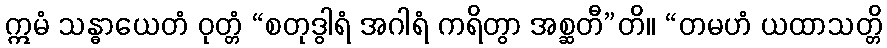
ဣမံ သန္ဓာယေတံ ဝုတ္တံ “စတုဒွါရံ အဂါရံ ကရိတွာ အစ္ဆတီ”တိ။ “တမဟံ ယထာသတ္တိ